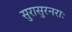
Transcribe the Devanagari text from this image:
सुरासुरनराः